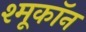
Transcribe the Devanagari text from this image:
श्मूकॉन